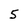
Character: 5